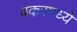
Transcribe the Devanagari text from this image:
बंकरमध्ये